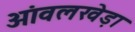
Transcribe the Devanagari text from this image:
आंवलखेड़ा